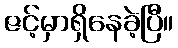
ဇင့်မှာရှိနေခဲ့ပြီ။